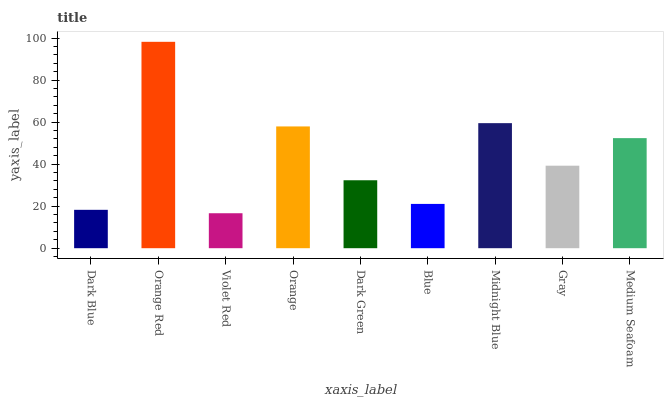
| xaxis_label | bars |
 | --- | --- |
 | Dark Blue | 18.3 |
 | Orange Red | 98.2 |
 | Violet Red | 16.6 |
 | Orange | 57.9 |
 | Dark Green | 32.3 |
 | Blue | 21.1 |
 | Midnight Blue | 59.5 |
 | Gray | 39.3 |
 | Medium Seafoam | 52.4 |